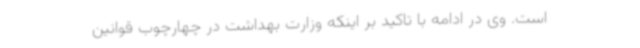
است. وی در ادامه با تاکید بر اینکه وزارت بهداشت در چهارچوب قوانین